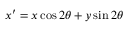
x ^ { \prime } = x \cos 2 \theta + y \sin 2 \theta